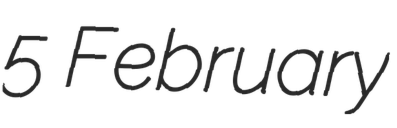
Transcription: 5 February